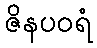
ဇိနပဝရံ